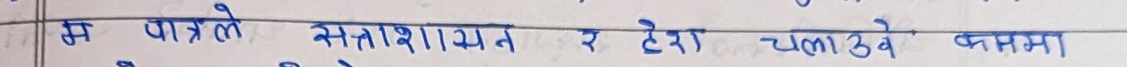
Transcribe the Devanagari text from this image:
म पाईलै सतशाहीयत्र र देश चलाउदै फसम